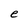
Character: e